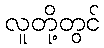
လူတို့တွင်